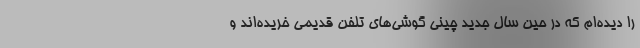
را دیده‌ام که در حین سال جدید چینی گوشی‌های تلفن قدیمی خریده‌اند و